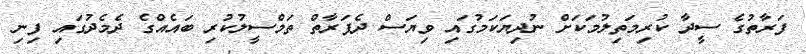
ފަރާތުގެ ސީދާ ކުރިމަތިލުމަކަށް ނުދިޔަކަމުގައި ވިޔަސް ދެފަރާތް ތަމްސީލުކުރި ބައެއްގެ ދެމެދުގައި ފިނި